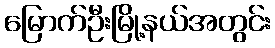
မြောက်ဦးမြို့နယ်အတွင်း